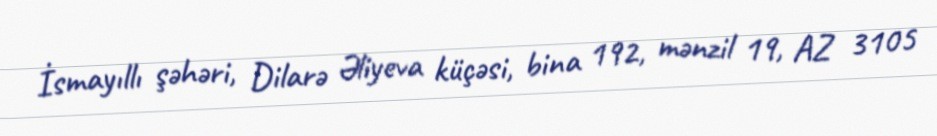
İsmayıllı şəhəri, Dilarə Əliyeva küçəsi, bina 192, mənzil 19, AZ 3105